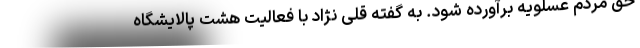
حق مردم عسلویه برآورده شود. به گفته قلی نژاد با فعالیت هشت پالایشگاه